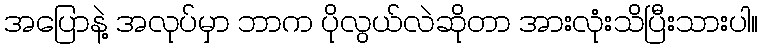
အပြောနဲ့ အလုပ်မှာ ဘာက ပိုလွယ်လဲဆိုတာ အားလုံးသိပြီးသားပါ။